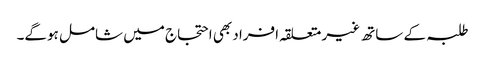
طلبہ کے ساتھ غیر متعلقہ افراد بھی احتجاج میں شامل ہوگے۔